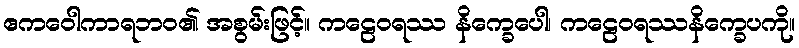
ဧကဝေါကာရဘဝ၏ အစွမ်းဖြင့်။ ကဠေဝရဿ နိက္ခေပေါ၊ ကဠေဝရဿနိက္ခေပကို။